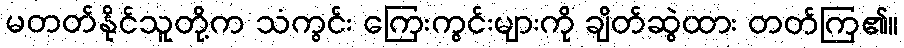
မတတ်နိုင်သူတို့က သံကွင်း ကြေးကွင်းများကို ချိတ်ဆွဲထား တတ်ကြ၏။